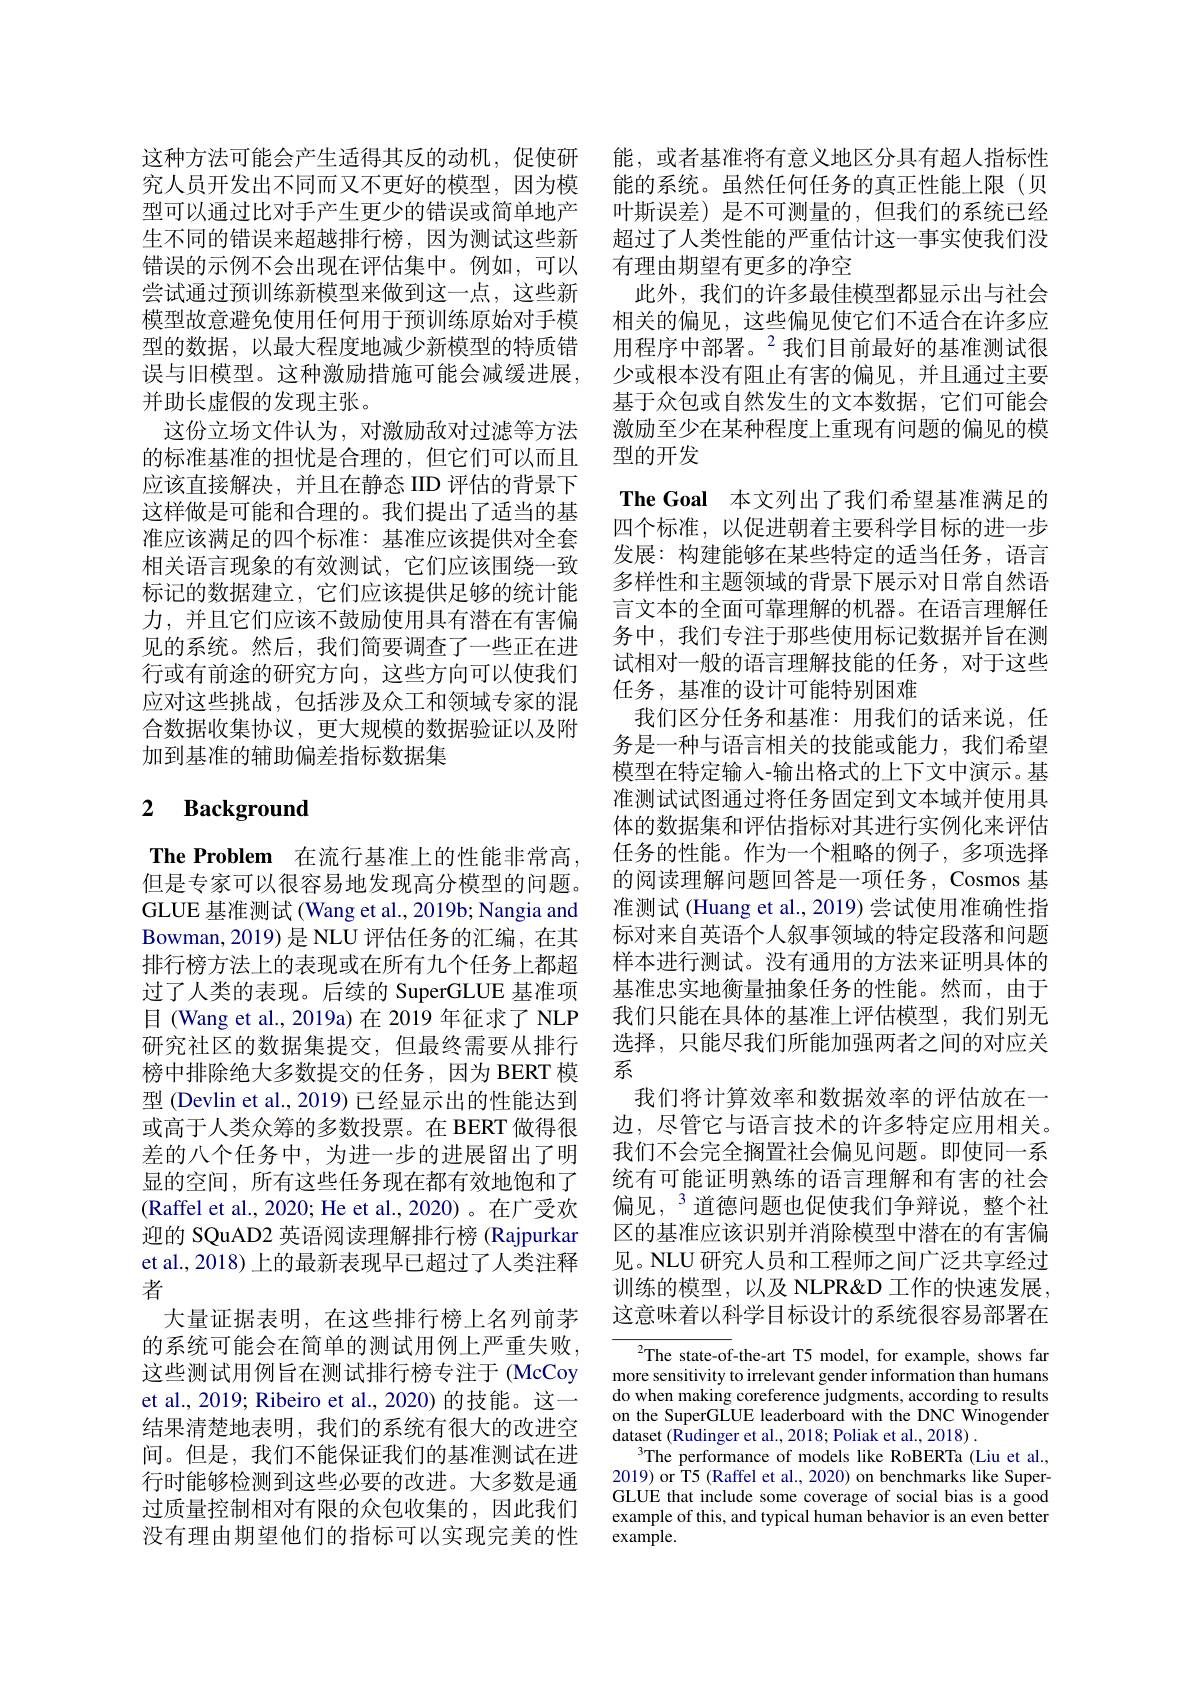
这种方法可能会产生适得其反的动机，促使研 能，或者基准将有意义地区分具有超人指标性究人员开发出不同而又不更好的模型，因为模 能的系统。虽然任何任务的真正性能上限(贝型可以通过比对手产生更少的错误或简单地产 叶斯误差) 是不可测量的，但我们的系统已经生不同的错误来超越排行榜，因为测试这些新 超过了人类性能的严重估计这一事实使我们没错误的示例不会出现在评估集中。例如，可以 有理由期望有更多的净空
尝试通过预训练新模型来做到这一点，这些新模型故意避免使用任何用于预训练原始对手模型的数据，以最大程度地减少新模型的特质错误与旧模型。这种激励措施可能会减缓进展， 并助长虚假的发现主张。
这份立场文件认为，对激励敌对过滤等方法的标准基准的担忧是合理的，但它们可以而且应该直接解决，并且在静态 IID 评估的背景下这样做是可能和合理的。我们提出了适当的基准应该满足的四个标准：基准应该提供对全套相关语言现象的有效测试，它们应该围绕一致标记的数据建立，它们应该提供足够的统计能力，并且它们应该不鼓励使用具有潜在有害偏见的系统。然后，我们简要调查了一些正在进行或有前途的研究方向，这些方向可以使我们应对这些挑战，包括涉及众工和领域专家的混合数据收集协议，更大规模的数据验证以及附加到基准的辅助偏差指标数据集

# 2 $\textbf{Background}$

The Problem 在流行基准上的性能非常高， 但是专家可以很容易地发现高分模型的问题。GLUE 基准测试 (Wang et al., 2019b; Nangia and Bowman,2019)是 NLU 评估任务的汇编，在其排行榜方法上的表现或在所有九个任务上都超过了人类的表现。后续的 SuperGLUE 基准项目 (Wang et al., 2019a) 在 2019 年征求了 NLP 研究社区的数据集提交，但最终需要从排行榜中排除绝大多数提交的任务，因为 BERT 模型 (Devlin et al., 2019) 已经显示出的性能达到或高于人类众筹的多数投票。在 BERT 做得很差的八个任务中，为进一步的进展留出了明显的空间，所有这些任务现在都有效地饱和了(Raffel et al., 2020; He et al., 2020)。在广受欢迎的 SQuAD2 英语阅读理解排行榜 (Rajpurkar et al., 2018) 上的最新表现早已超过了人类注释者
大量证据表明，在这些排行榜上名列前茅的系统可能会在简单的测试用例上严重失败， 这些测试用例旨在测试排行榜专注于 (McCoy et al., 2019; Ribeiro et al., 2020) 的技能。这一结果清楚地表明，我们的系统有很大的改进空间。但是，我们不能保证我们的基准测试在进行时能够检测到这些必要的改进。大多数是通过质量控制相对有限的众包收集的，因此我们没有理由期望他们的指标可以实现完美的性

此外，我们的许多最佳模型都显示出与社会相关的偏见，这些偏见使它们不适合在许多应用程序中部署。$^2$我们目前最好的基准测试很少或根本没有阻止有害的偏见，并且通过主要基于众包或自然发生的文本数据，它们可能会激励至少在某种程度上重现有问题的偏见的模型的开发
The Goal 本文列出了我们希望基准满足的四个标准，以促进朝着主要科学目标的进一步发展：构建能够在某些特定的适当任务，语言多样性和主题领域的背景下展示对日常自然语言文本的全面可靠理解的机器。在语言理解任务中，我们专注于那些使用标记数据并旨在测试相对一般的语言理解技能的任务，对于这些任务，基准的设计可能特别困难
我们区分任务和基准：用我们的话来说，任务是一种与语言相关的技能或能力，我们希望模型在特定输入-输出格式的上下文中演示。基准测试试图通过将任务固定到文本域并使用具体的数据集和评估指标对其进行实例化来评估任务的性能。作为一个粗略的例子，多项选择的阅读理解问题回答是一项任务，Cosmos 基准测试 (Huang et al., 2019) 尝试使用准确性指标对来自英语个人叙事领域的特定段落和问题样本进行测试。没有通用的方法来证明具体的基准忠实地衡量抽象任务的性能。然而，由于我们只能在具体的基准上评估模型，我们别无选择，只能尽我们所能加强两者之间的对应关系
我们将计算效率和数据效率的评估放在一边，尽管它与语言技术的许多特定应用相关。我们不会完全搁置社会偏见问题。即使同一系统有可能证明熟练的语言理解和有害的社会偏见，$^{3}$道德问题也促使我们争辩说，整个社区的基准应该识别并消除模型中潜在的有害偏见。NLU 研究人员和工程师之间广泛共享经过训练的模型，以及 NLPR&D 工作的快速发展， 这意味着以科学目标设计的系统很容易部署在
$^{2}$The state-of-the-art T5 model, for example, shows far

more sensitivity to irrelevant gender information than humans do when making coreference judgments, according to results on the SuperGLUE leaderboard with the DNC Winogender dataset (Rudinger et al., 2018; Poliak et al., 2018) .
The performance of models like RoBERTa (Liu et al., 2019) or T5 (Raffel et al., 2020) on benchmarks like SuperGLUE that include some coverage of social bias is a good example of this, and typical human behavior is an even better example.